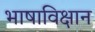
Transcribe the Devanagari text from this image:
भाषाविक्षान